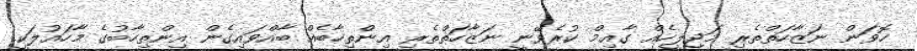
ހޮވަން ނަޒާހަތްތެެރި މަޖިލީހެއް ގާއިމް ކުރެވޭނީ ނަޒާހަތްތެރި އިންތިހާބެއް ބާއްވައިގެން އިންތިހާބުގެ މާހައުލަކީ